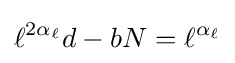
\ell ^{2\alpha _{\ell }}d-bN=\ell ^{\alpha _{\ell }}